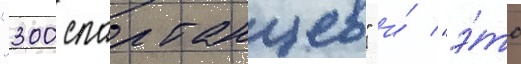
"300 спартанцев" и́ "э́то